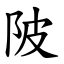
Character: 陂